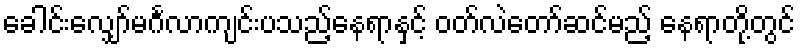
ခေါင်းလျှော်မင်္ဂလာကျင်းပသည့်နေရာနှင့် ဝတ်လဲတော်ဆင်မည့် နေရာတို့တွင်